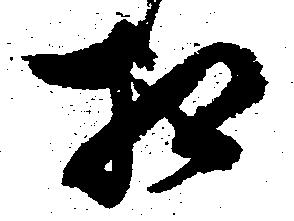
相